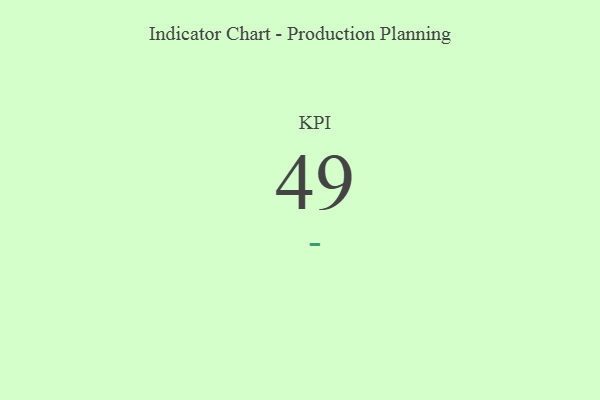
{"axis": {"x": "KPI", "y": "Value"}, "legend": [""], "data": [{"x": "KPI", "y": 49, "type": ""}]}